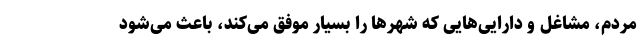
مردم، مشاغل و دارایی‌هایی که شهرها را بسیار موفق می‌کند، باعث می‌شود